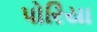
પોરિયા